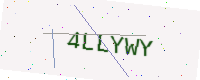
Text: 4LLYWY